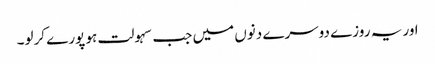
اور یہ روزے دوسرے دنوں میں جب سہولت ہو پورے کرلو۔